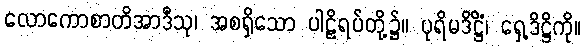
လောကောစာတိအာဒီသု၊ အစရှိသော ပါဠိရပ်တို့၌။ ပုရိမဒိဋ္ဌိံ၊ ရှေ့ဒိဋ္ဌိကို။